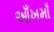
આઁખમાઁ